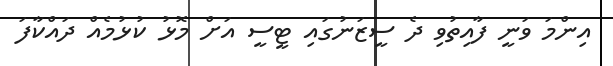
އިންމަ ވަނީ ފާއިތުވި ދެ ސީޒަނުގައި ޓީސީ އަށް މޮޅު ކުޅުމެއް ދައްކާފަ